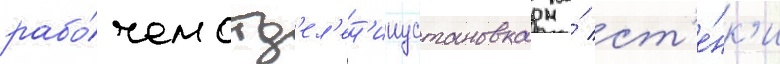
рабо́чем отд'ел'ен'ииустановка на́ ст'е́нк'и